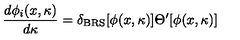
{ \frac { d \phi _ { i } ( x , \kappa ) } { d \kappa } } = \delta _ { \mathrm { B R S } } [ \phi ( x , \kappa ) ] \Theta ^ { \prime } [ \phi ( x , \kappa ) ]